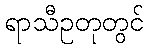
ရာသီဥတုတွင်